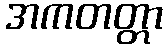
အကတတ္တာ